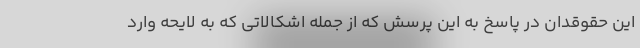
این حقوقدان در پاسخ به این پرسش که از جمله اشکالاتی که به لایحه وارد